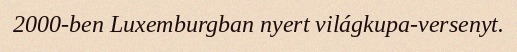
2000-ben Luxemburgban nyert világkupa-versenyt.